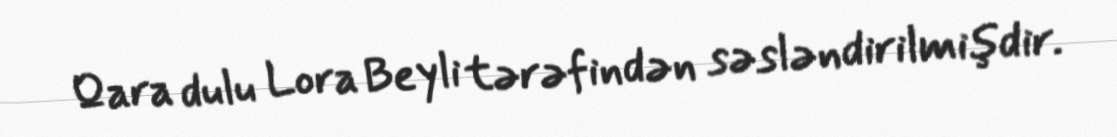
Qara dulu Lora Beyli tərəfindən səsləndirilmişdir.